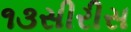
૧૩સીરીસ